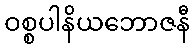
ဝစ္စပါနိယဘောဇနီ